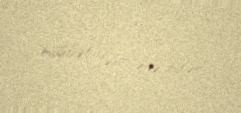
müsbət təsir edə bilər.